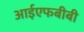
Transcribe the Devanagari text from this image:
आईएफबीबी